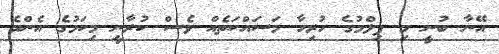
އޭނާ ބުނީ މި ފިލްމުގެ ހުރިހާ މަސައްކަތެއް ވެސް ކުރާނީ މިކަމުގެ އެންމެ